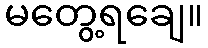
မတွေ့ရချေ။